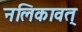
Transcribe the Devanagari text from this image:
नलिकावत्‌